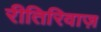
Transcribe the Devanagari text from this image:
रीतिरिवाज़